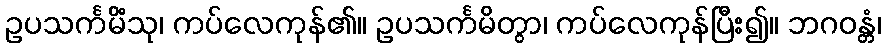
ဥပသင်္ကမိံသု၊ ကပ်လေကုန်၏။ ဥပသင်္ကမိတွာ၊ ကပ်လေကုန်ပြီး၍။ ဘဂဝန္တံ၊